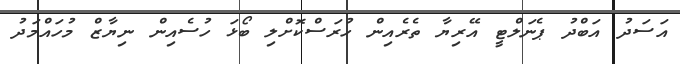
އަސަދު އަބްދު ޕެނަލްޓީ އޭރިޔާ ތެރެއިން ހުރަސްކޮށްލި ބޯޅަ ހުސެއިން ނިޔާޒް މުހައްމަދު